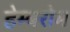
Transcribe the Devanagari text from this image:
हेम्बरोम